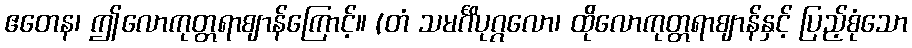
ဧတေန၊ ဤလောကုတ္တရာဈာန်ကြောင့်။ (တံ သမင်္ဂိပုဂ္ဂလော၊ ထိုလောကုတ္တရာဈာန်နှင့် ပြည့်စုံသော